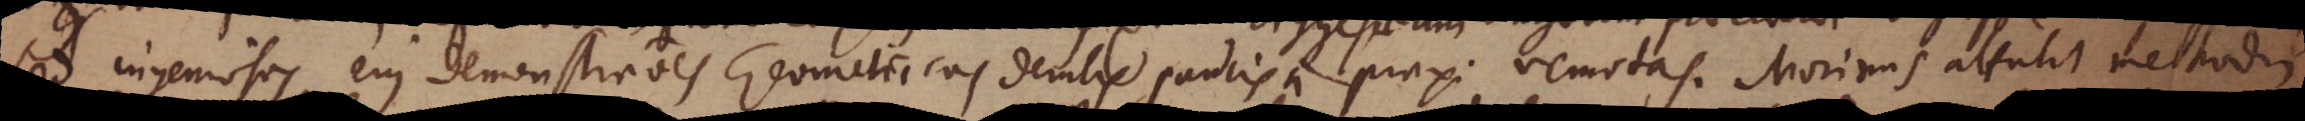
sed ingeniosas ejus demonstrationes Geometricas demtis paucis a praxi remotas. Morinus attulit methodum